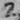
Text: 2